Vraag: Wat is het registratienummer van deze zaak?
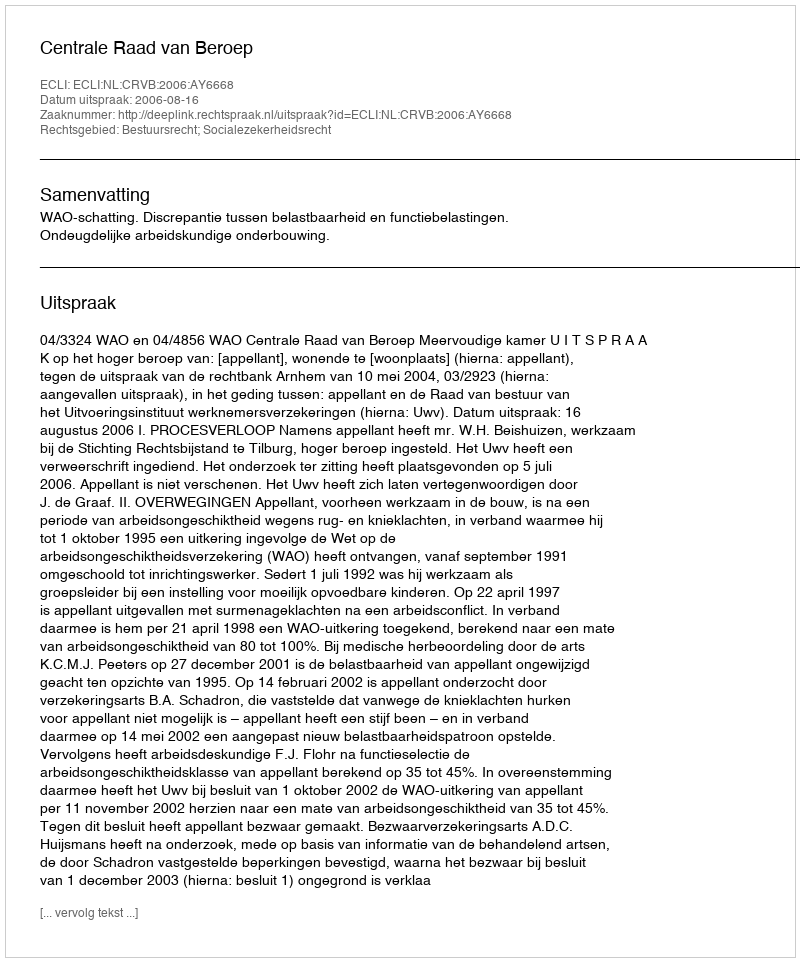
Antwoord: http://deeplink.rechtspraak.nl/uitspraak?id=ECLI:NL:CRVB:2006:AY6668